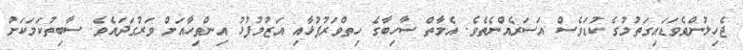
ޖެހިލުންވެވަޑައިގަތުމުގެ ކުޑަވެސް އަސަރެއްނެތެވެ. އެމާތް ސާހިބާގެ ހިތްވަރުފުޅާއި އަޒުމުފުޅު އިންތިހާއަށް ވަރުގަދައެވެ. ސާބިތުކަމަކަށް